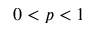
0 < p < 1